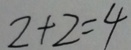
2 + 2 = 4